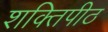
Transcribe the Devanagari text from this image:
शक्तिपीठ